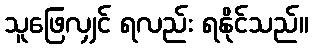
သူဖြေလျှင် ရလည်း ရနိုင်သည်။